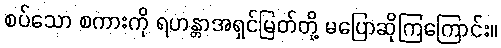
စပ်သော စကားကို ရဟန္တာအရှင်မြတ်တို့ မပြောဆိုကြကြောင်း။